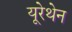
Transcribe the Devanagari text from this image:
यूरेथेन